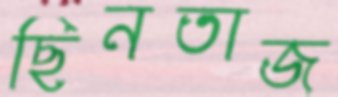
ছিনতাজ